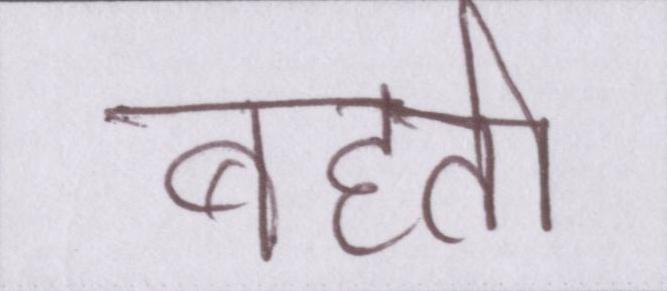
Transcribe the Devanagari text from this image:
बहती